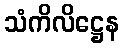
သံကိလိဋ္ဌေန